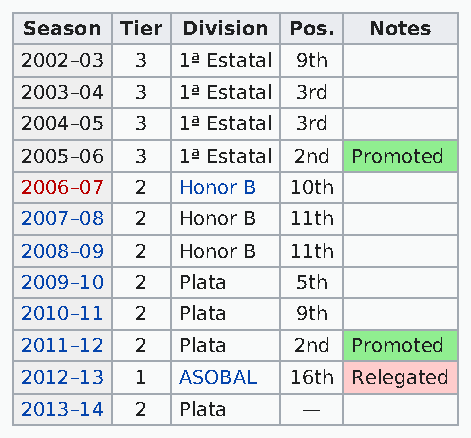
Season Tier Division Pos. Notes
 2002–03 3  1ª Estatal 9th
 2003–04 3  1ª Estatal 3rd
 2004–05 3  1ª Estatal 3rd
 2005–06 3  1ª Estatal 2nd Promoted
 2006–07 2  Honor B 10th
 2007–08 2  Honor B 11th
 2008–09 2  Honor B 11th
 2009–10 2  Plata   5th
 2010–11 2  Plata   9th
 2011–12 2  Plata  2nd Promoted
 2012–13 1  ASOBAL 16th Relegated
 2013–14 2  Plata   —